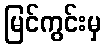
မြင်ကွင်းမှ